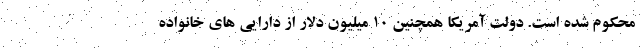
محکوم شده است. دولت آمریکا همچنین ۱۰ میلیون دلار از دارایی های خانواده